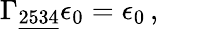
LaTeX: \Gamma_{\underline{{{2534}}}}\epsilon_{0}=\epsilon_{0}\, ,\qquad